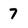
Character: 7